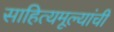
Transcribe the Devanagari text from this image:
साहित्यमूल्यांची